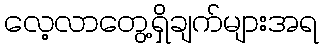
လေ့လာတွေ့ရှိချက်များအရ